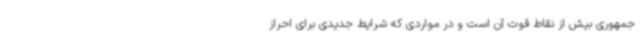
جمهوری بیش از نقاط قوت آن است و در مواردی که شرایط جدیدی برای احراز